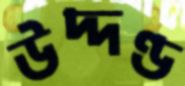
উদ্দণ্ড